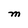
Character: M